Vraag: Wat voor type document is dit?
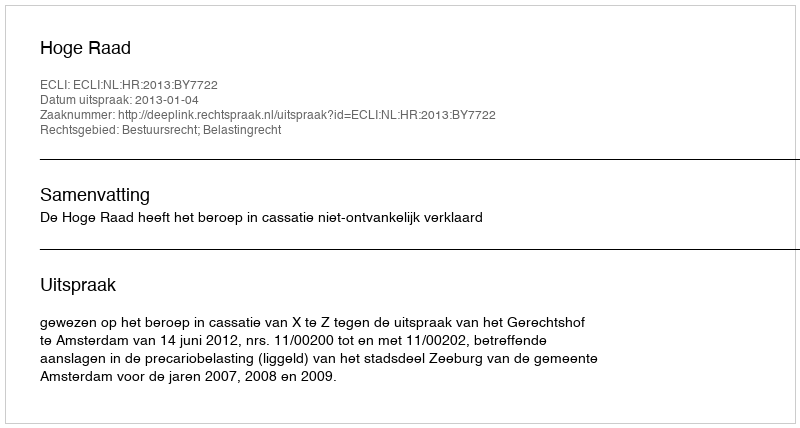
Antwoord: Uitspraak